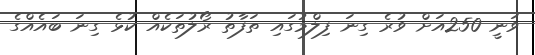
ވަނީ 250އަށް ވުރެ ގިނަ ފިލްމުގައި ތަފާތު ރޯލުތަކެއް ކުޅެ ގިނަ ބައެއްގެ